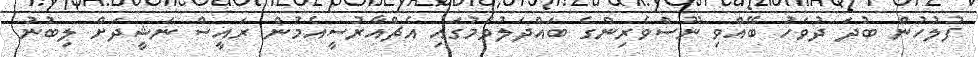
ފުލުހުން ބުދަ ދުވަހު ބޭއްވި ނޫސްވެރިންގެ ބައްދަލުވުމުގައި އެޗްއާރުސީއެމުން ރައީސް ނަޝީދަށް ލިބުނު